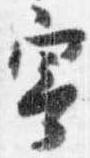
寄